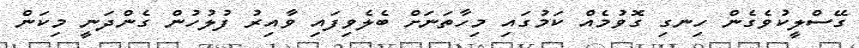
ގޭސްލީކުވެގެން ހިނގި ގޮވުމެއް ކަމުގައި މިހާތަނަށްް ބެލެވިފައި ވާއިރު ފުލުހުން ގެންދަނީ މިކަން